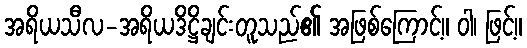
အရိယသီလ-အရိယဒိဋ္ဌိချင်းတူသည်၏ အဖြစ်ကြောင့်။ ဝါ၊ ဖြင့်။